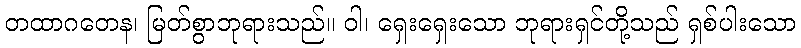
တထာဂတေန၊ မြတ်စွာဘုရားသည်။ ဝါ၊ ရှေးရှေးသော ဘုရားရှင်တို့သည် ရှစ်ပါးသော